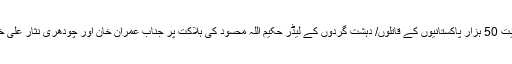
پاک فوج کے 8 ہزار افسروں اور جوانوں سمیت 50 ہزار پاکستانیوں کے قاتلوں/ دہشت گردوں کے لیڈر حکیم اللہ محسود کی ہلاکت پر جناب عمران خان اور چودھری نثار علی خان نے سُر میں سُر مِلا کر ’’بَین‘‘ کئے تھے۔